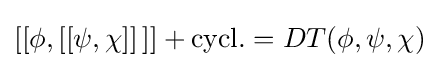
[[\phi ,[[\psi ,\chi ]]\,]]+{\text{cycl.}}=DT(\phi ,\psi ,\chi )